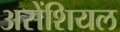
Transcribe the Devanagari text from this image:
असेंशियल